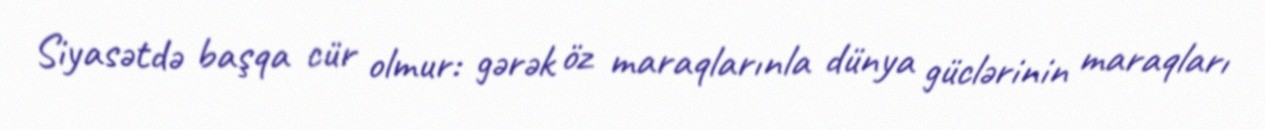
Siyasətdə başqa cür olmur: gərək öz maraqlarınla dünya güclərinin maraqları